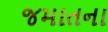
જમાતના